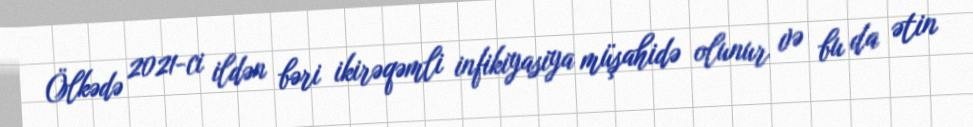
Ölkədə 2021-ci ildən bəri ikirəqəmli infikiyasiya müşahidə olunur və bu da ətin